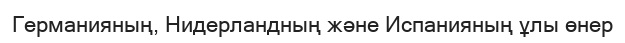
Германияның, Нидерландның және Испанияның ұлы өнер